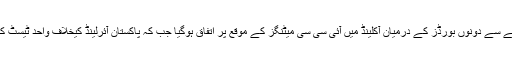
واضح رہے کہ یہ میچ مئی میں کھیلا جائے گا، اس حوالے سے دونوں بورڈز کے درمیان آکلینڈ میں آئی سی سی میٹنگز کے موقع پر اتفاق ہوگیا جب کہ پاکستان آئرلینڈ کیخلاف واحد ٹیسٹ کے بعد 2 پانچ روزہ میچز کیلئے انگلینڈ کا دورہ کرے گا۔